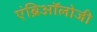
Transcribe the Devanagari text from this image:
एंब्रिऑलोजी